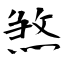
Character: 煞